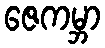
ဇေကမ္ဘာ